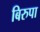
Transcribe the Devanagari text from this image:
बिरुपा